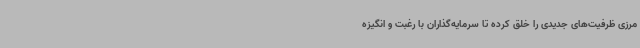
مرزی ظرفیت‌های جدیدی را خلق کرده تا سرمایه‌گذاران با رغبت و انگیزه